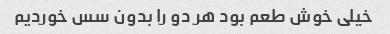
خیلی خوش طعم بود هر دو را بدون سس خوردیم